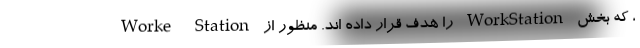
، که بخش WorkStation را هدف قرار داده اند. منظور از Worke Station